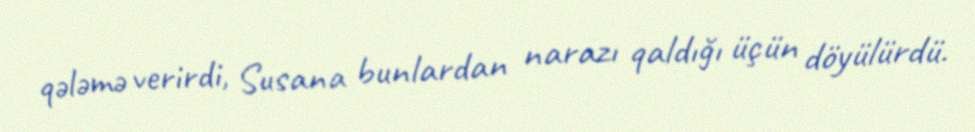
qələmə verirdi, Susana bunlardan narazı qaldığı üçün döyülürdü.